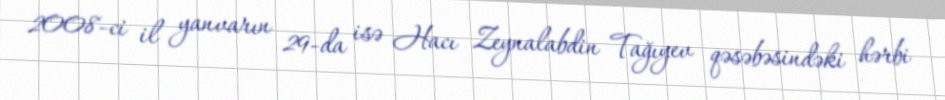
2008-ci il yanvarın 29-da isə Hacı Zeynalabdin Tağıyev qəsəbəsindəki hərbi